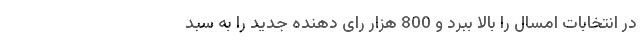
در انتخابات امسال را بالا ببرد و 800 هزار رای دهنده جدید را به سبد